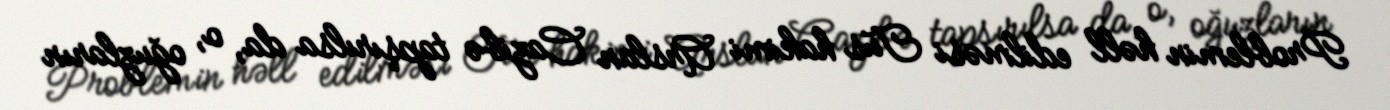
Problemin həll edilməsi Tus hakimi Arslan Cazibə tapşırılsa da, o, oğuzların